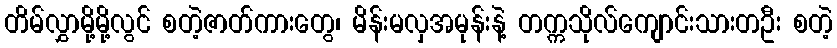
တိမ်လွှာမို့မို့လွင် စတဲ့ဇာတ်ကားတွေ၊ မိန်းမလှအမုန်းနဲ့ တက္ကသိုလ်ကျောင်းသားတဦး စတဲ့